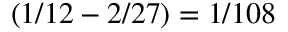
( 1 / 1 2 - 2 / 2 7 ) = 1 / 1 0 8